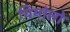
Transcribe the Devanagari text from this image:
चिमोलो